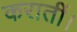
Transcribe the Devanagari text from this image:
करातीं।